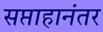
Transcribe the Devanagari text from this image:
सप्ताहानंतर